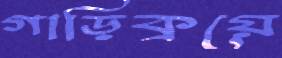
গাড়িক্রয়ে